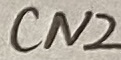
Text: CN2